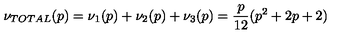
\nu _ { T O T A L } ( p ) = \nu _ { 1 } ( p ) + \nu _ { 2 } ( p ) + \nu _ { 3 } ( p ) = \frac { p } { 1 2 } ( p ^ { 2 } + 2 p + 2 )